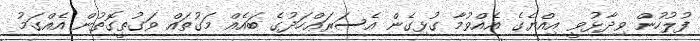
ފުލުހުން ވިދާޅުވީ އިއްޔެގެ އެއްވުމާ ގުޅިގެން އެސަރަޢްހަދުގެ ބައެއް މަގުތައް ވަގުތީގޮތުން އެއްގަމު